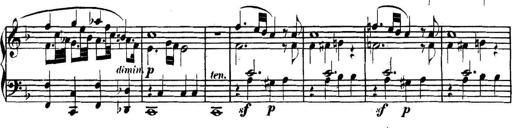
Title: Collected Piano Sonatas
Composer: Muzio Clementi